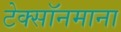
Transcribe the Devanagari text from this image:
टेक्सॉनमाना